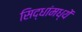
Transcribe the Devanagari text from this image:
सिद्धांमध्यें